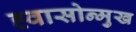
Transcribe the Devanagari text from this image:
ह्वासोन्मुख